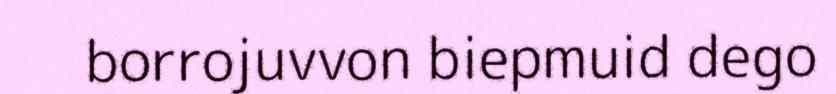
borrojuvvon biepmuid dego